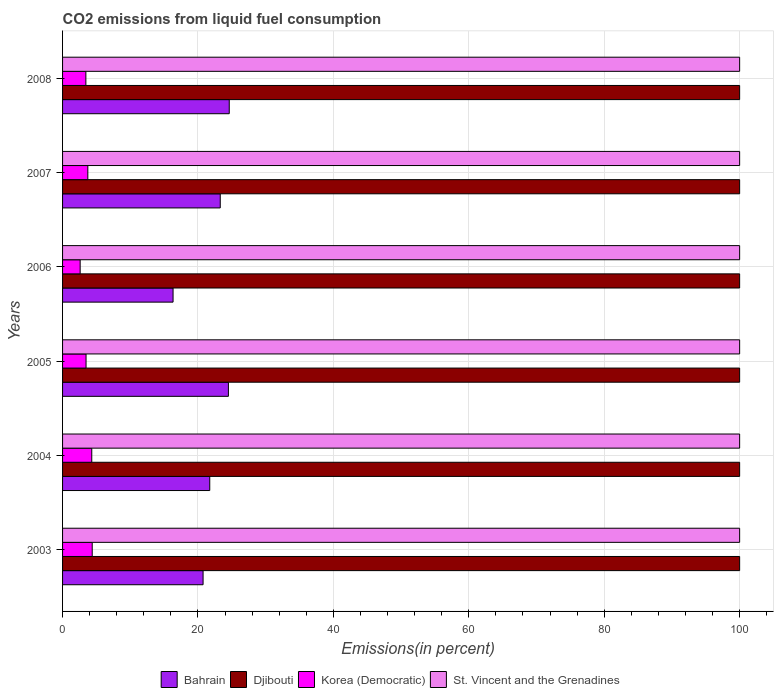
| Years | Bahrain | Djibouti | Korea (Democratic) | St. Vincent and the Grenadines |
 | --- | --- | --- | --- | --- |
 | 2003 | 20.8 | 100 | 4.38 | 100 |
 | 2004 | 21.7 | 100 | 4.31 | 100 |
 | 2005 | 24.5 | 100 | 3.47 | 100 |
 | 2006 | 16.3 | 100 | 2.6 | 100 |
 | 2007 | 23.3 | 100 | 3.73 | 100 |
 | 2008 | 24.6 | 100 | 3.44 | 100 |